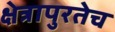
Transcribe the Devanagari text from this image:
क्षेत्रापुरतेच